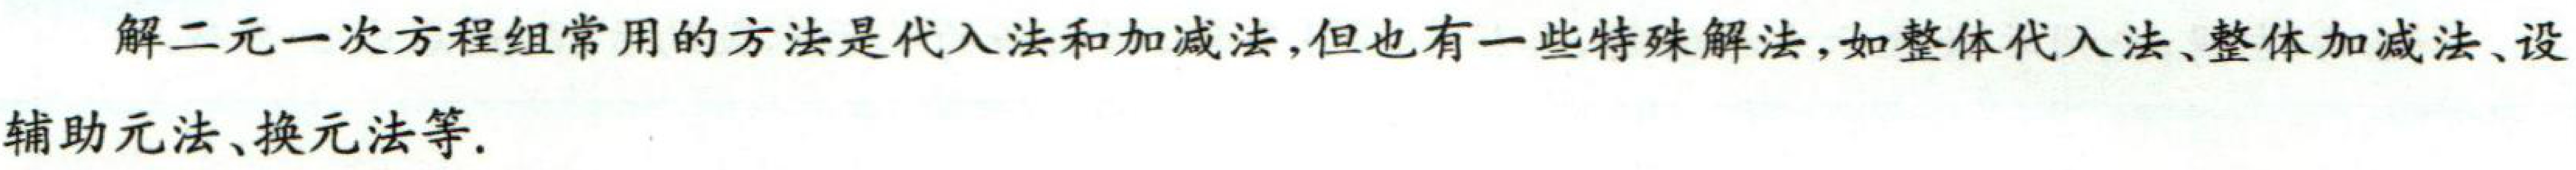
解二元一次方程组常用的方法是代入法和加减法,但也有一些特殊解法,如整体代入法、整体加减法、设辅助元法、换元法等.